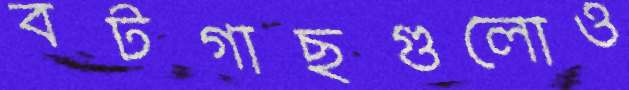
বটগাছগুলোও